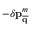
- \delta \mathbf { p } _ { \overline { { \mathbf { q } } } } ^ { m }